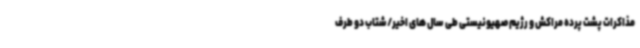
مذاکرات پشت پرده مراکش و رژیم صهیونیستی طی سال های اخیر/شتاب دو طرف